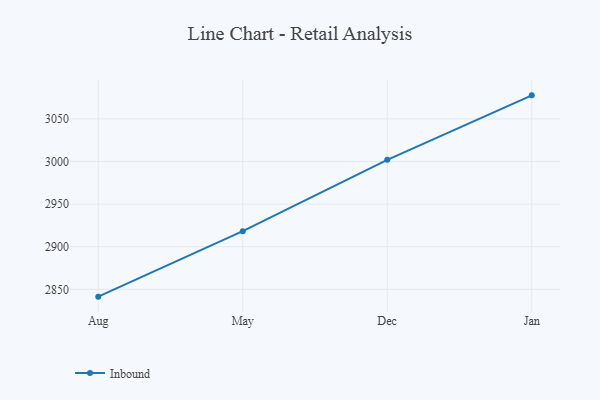
{"axis": {"x": "Month", "y": "Shipments"}, "legend": ["Inbound"], "data": [{"x": "Aug", "y": 2841.4, "type": "Inbound"}, {"x": "May", "y": 2918.2, "type": "Inbound"}, {"x": "Dec", "y": 3001.9, "type": "Inbound"}, {"x": "Jan", "y": 3077.6, "type": "Inbound"}]}